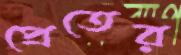
প্রেতের